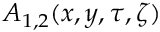
A _ { 1 , 2 } ( x , y , \tau , \zeta )